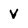
Character: V